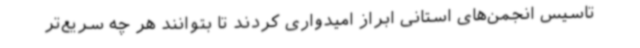
تاسیس انجمن‌های استانی ابراز امیدواری کردند تا بتوانند هر چه سریع‌تر